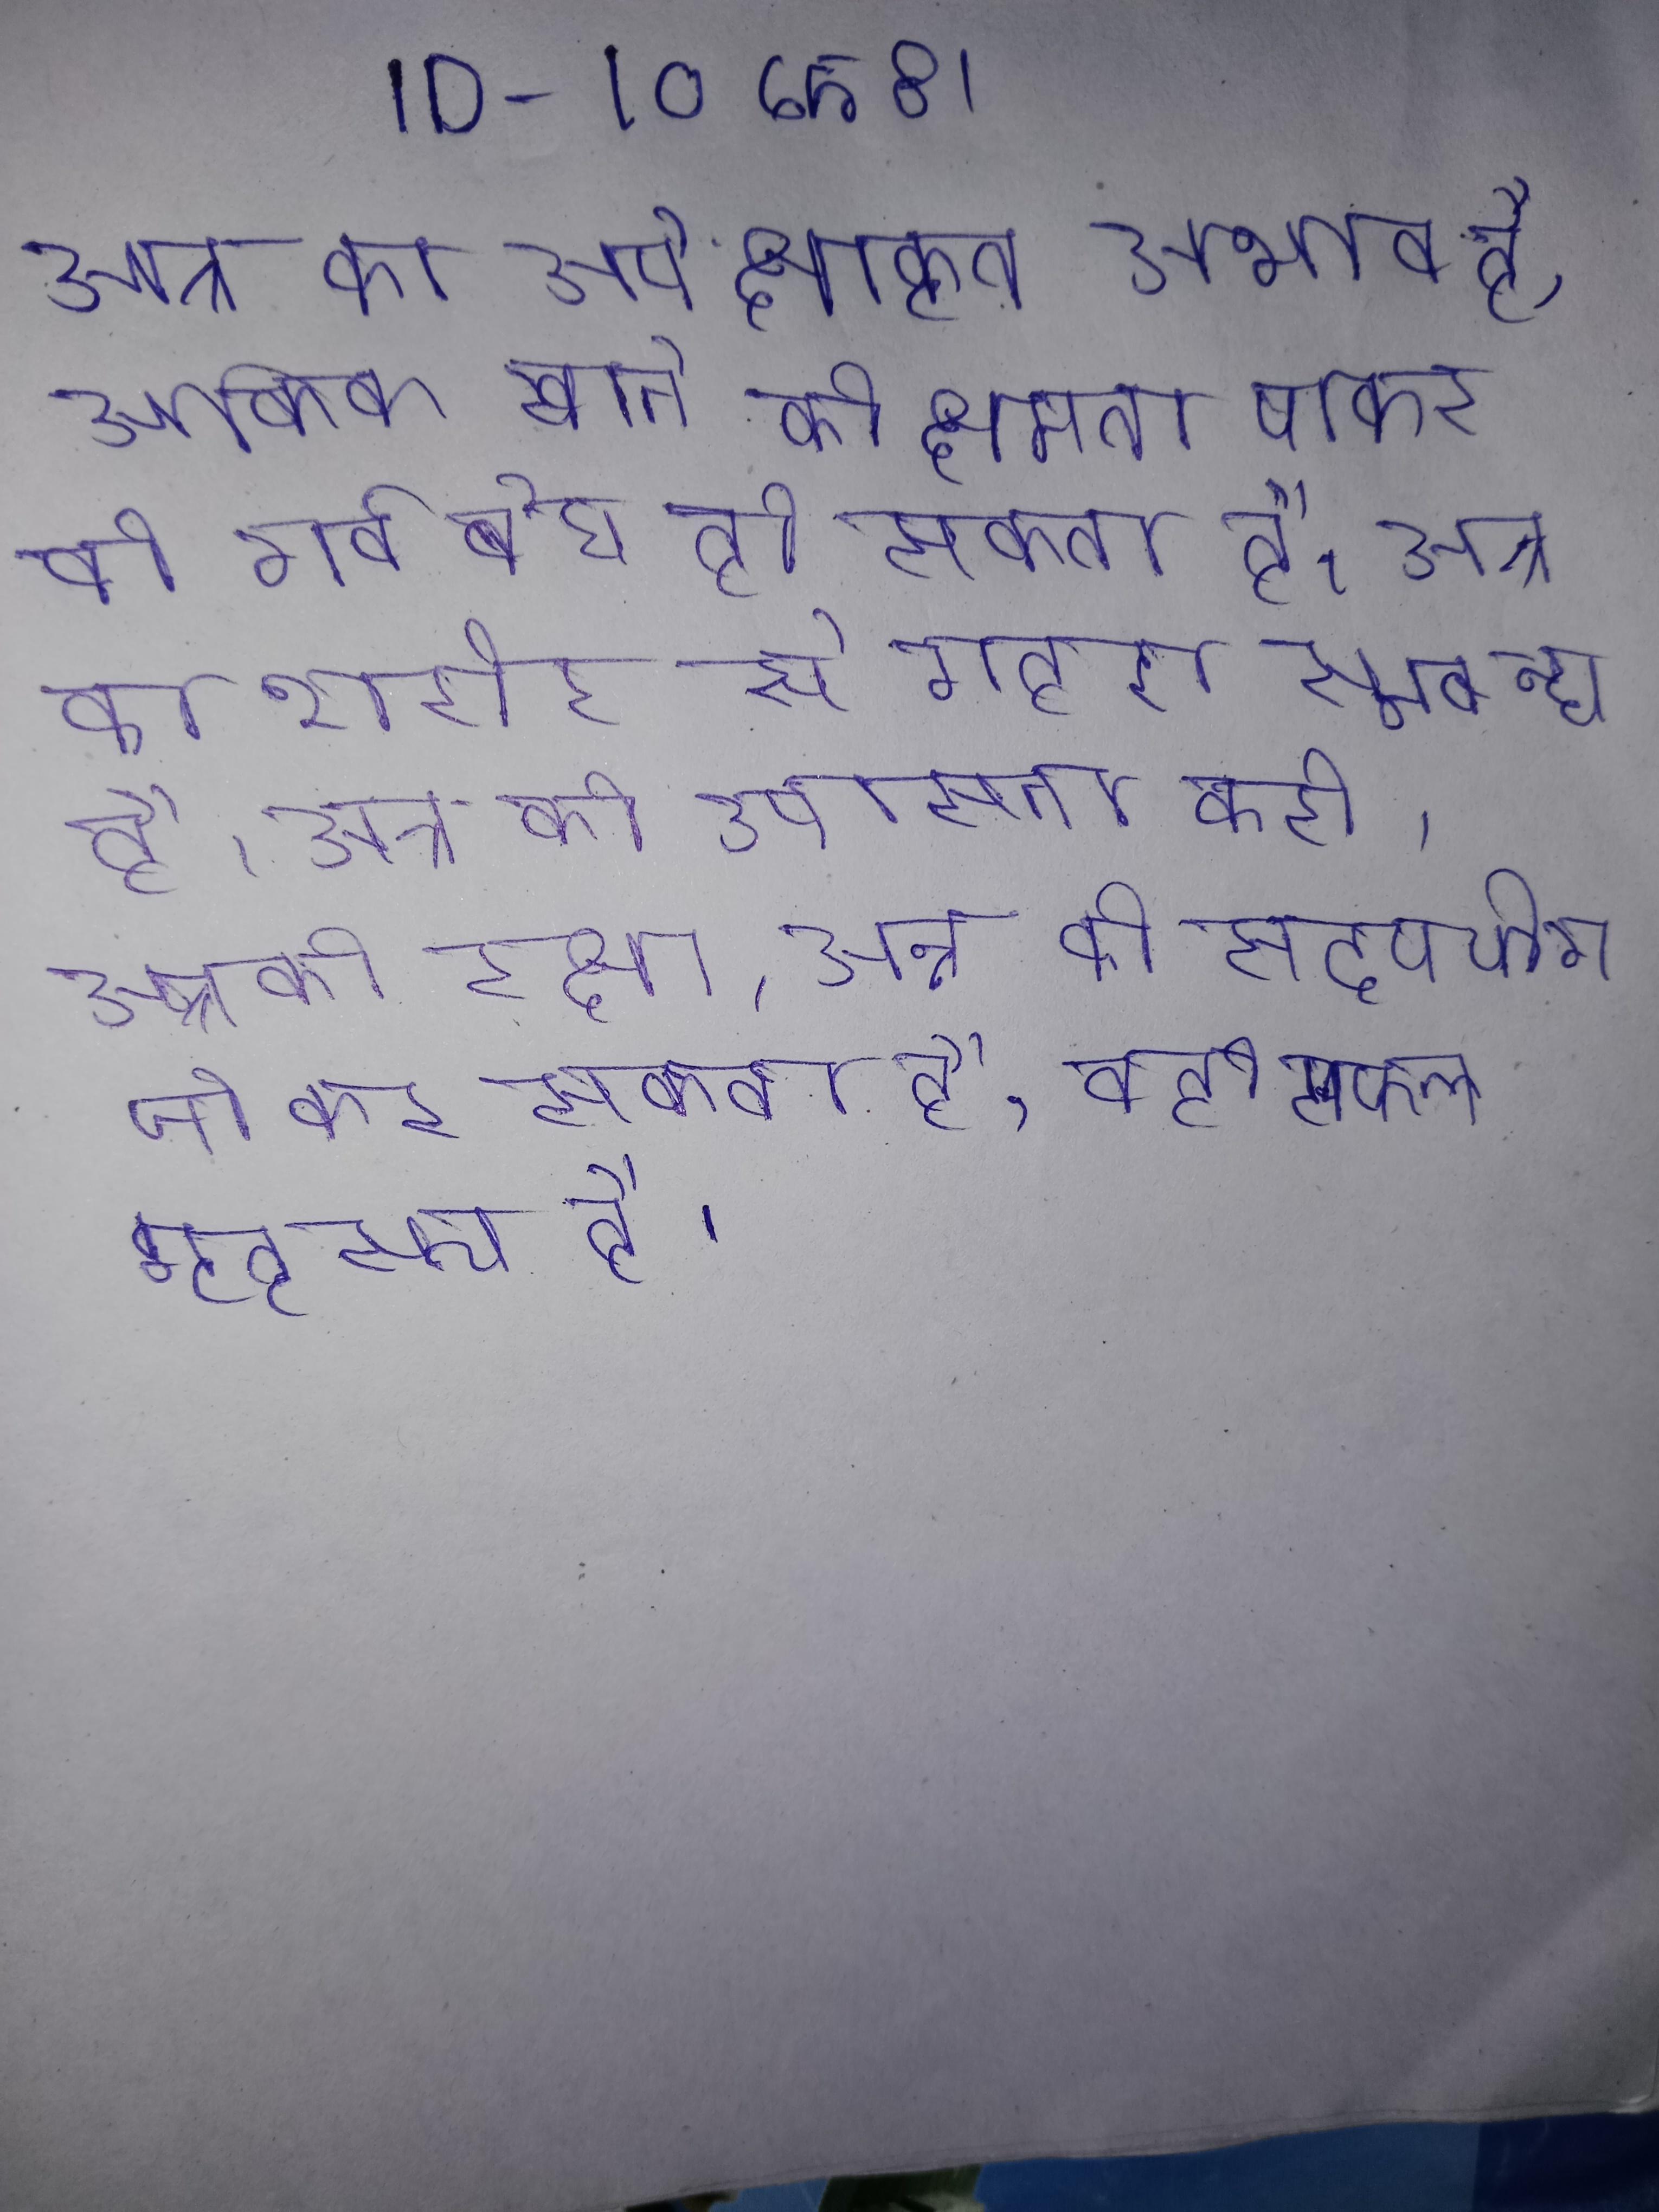
अन्न का अपेक्षाकृत अभाव है, अधिक खाने की क्षमता पाकर को गर्व बोध हो सकता है । अन्न का शरीर से गहरा सम्बन्ध है । अन्न की उपासना करो । अन्न की रक्षा, अन्न का सदुपयोग जो कर सकता है, वही सफल गृहस्थ है ।